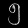
Digit: ၅